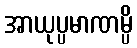
အာယုပ္ပမာဏမ္ပိ